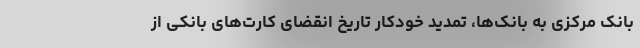
بانک مرکزی به بانک‌ها، تمدید خودکار تاریخ انقضای کارت‌های بانکی از